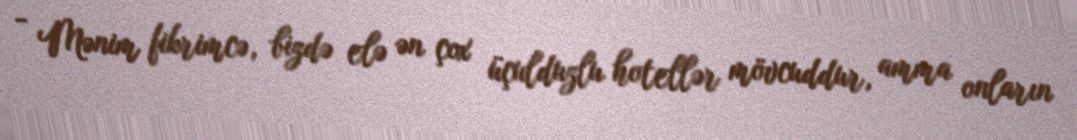
- Mənim fikrimcə, bizdə elə ən çox üçulduzlu hotellər mövcuddur, amma onların